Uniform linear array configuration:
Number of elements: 12
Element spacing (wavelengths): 0.5
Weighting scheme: hann
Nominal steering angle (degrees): -60
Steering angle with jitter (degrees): -60.606
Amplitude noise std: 0.05
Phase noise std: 0.05

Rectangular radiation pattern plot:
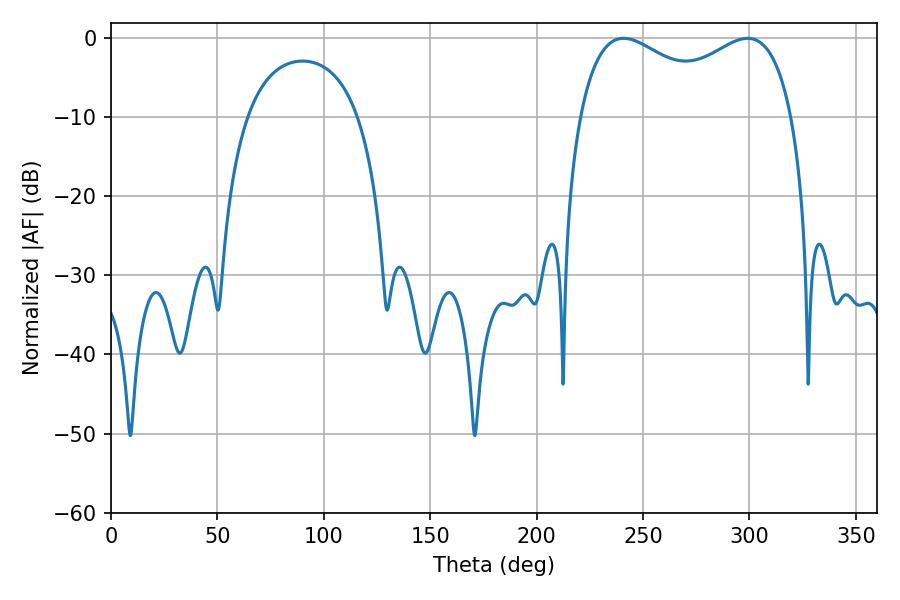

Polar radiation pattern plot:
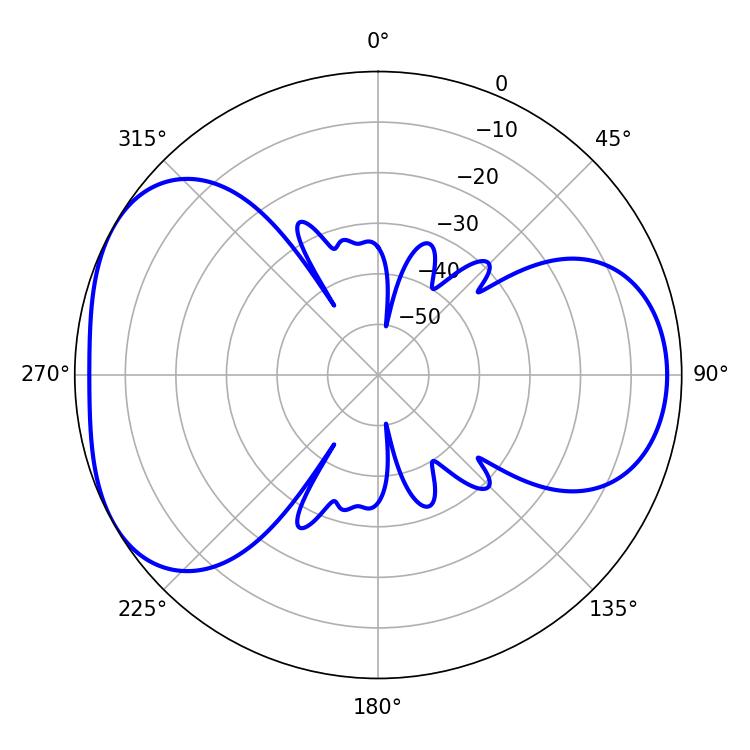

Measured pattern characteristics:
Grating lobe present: FALSE
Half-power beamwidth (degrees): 83.52
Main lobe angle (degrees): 240.84